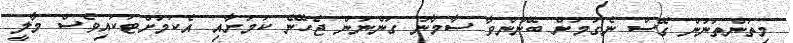
މިތަންތަނުން ގޭސް ނެގުމަށް ބޭނުންވާ ސާމާނު ގަންނަން ޖެހޭނެ ކަމަށާއި އެކަމަށްޓަކައިވެސް މާލީ